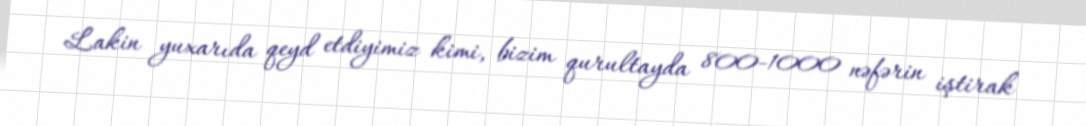
Lakin yuxarıda qeyd etdiyimiz kimi, bizim qurultayda 800-1000 nəfərin iştirak